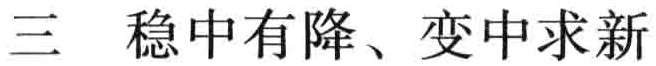
三 稳中有降、变中求新